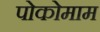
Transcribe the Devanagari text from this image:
पोकोमाम